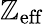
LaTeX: \mathbb{Z}_{\textrm{{eff}}}